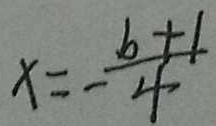
x = - \frac { b + 1 } { 4 }